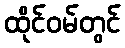
ထိုင်ဝမ်တွင်